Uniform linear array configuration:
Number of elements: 48
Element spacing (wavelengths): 1
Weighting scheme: uniform
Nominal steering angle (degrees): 45
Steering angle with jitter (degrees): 44.292
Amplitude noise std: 0.05
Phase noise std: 0.05

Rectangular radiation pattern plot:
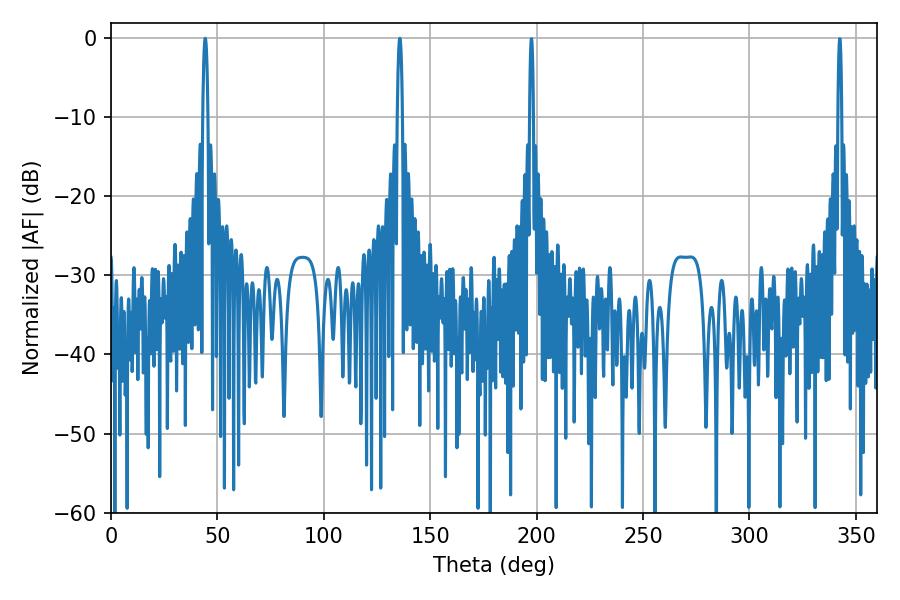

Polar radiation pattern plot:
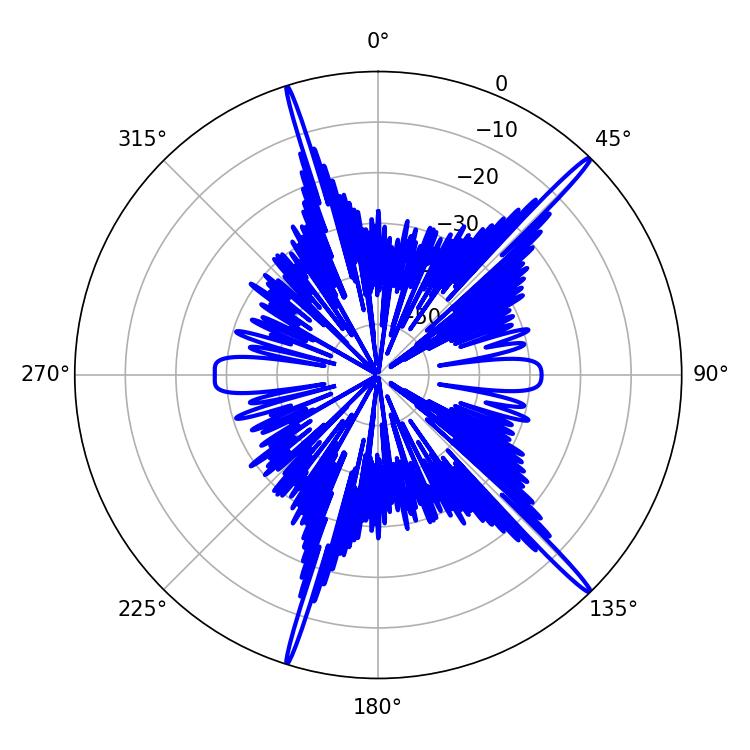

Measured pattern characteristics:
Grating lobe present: TRUE
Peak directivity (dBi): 18.662
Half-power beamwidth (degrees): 1.44
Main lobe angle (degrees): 44.28